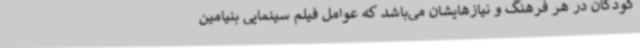
کودکان در هر فرهنگ و نیازهایشان می‌باشد که عوامل فیلم سینمایی بنیامین